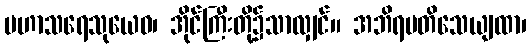
မဟာသရေသုယေဝ၊ အိုင်ကြီးတို့၌သာလျှင်။ အဘိရမတိသေယျထာ၊